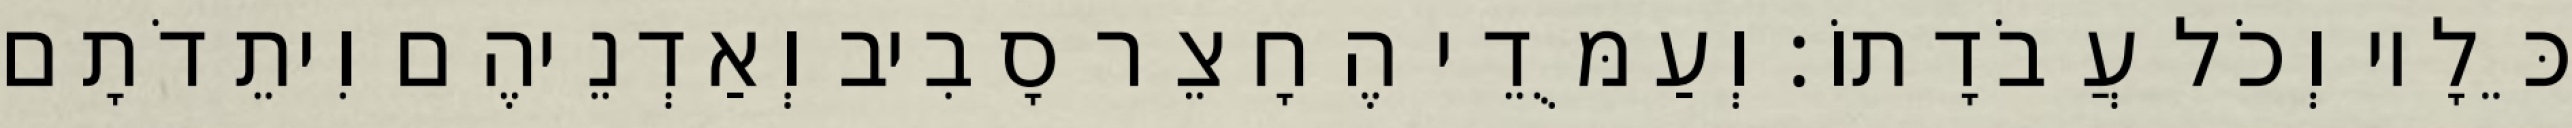
כֵּלָיו וְכֹל עֲבֹדָתוֹ׃ וְעַמֻּדֵי הֶחָצֵר סָבִיב וְאַדְנֵיהֶם וִיתֵדֹתָם